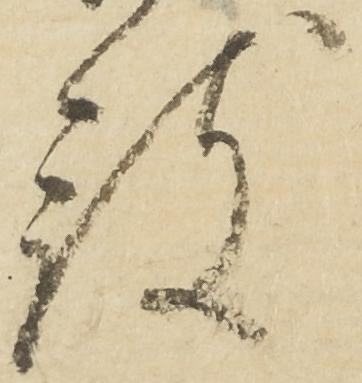
被